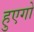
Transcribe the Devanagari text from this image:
हुएगो